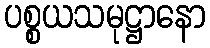
ပစ္စယသမုဋ္ဌာနော